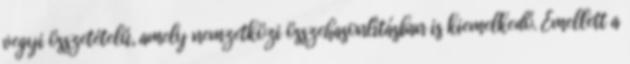
vegyi összetételű, amely nemzetközi összehasonlításban is kiemelkedő. Emellett a